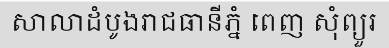
សាលាដំបូងរាជធានីភ្នំ ពេញ សុំព្យួរ